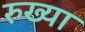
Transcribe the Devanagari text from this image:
रुख्या